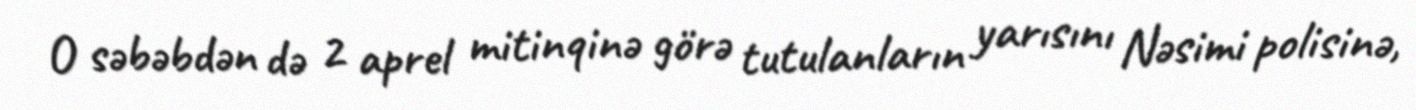
O səbəbdən də 2 aprel mitinqinə görə tutulanların yarısını Nəsimi polisinə,